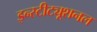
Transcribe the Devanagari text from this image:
इन्स्टीट्यूशनल